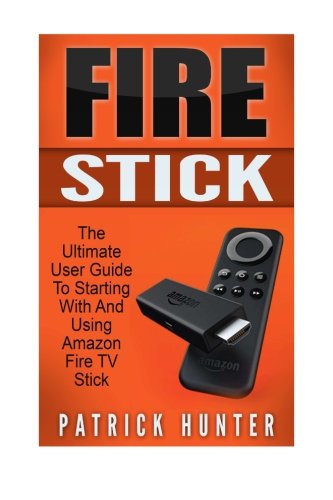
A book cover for Fire Stick: The Ultimate User Guide To Starting With And Using Amazon Fire TV Stick (How To Use Fire Stick, Amazon Fire TV Stick User Guide, Streaming); Patrick Hunter; Computers & Technology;